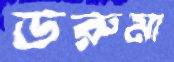
ডরুমা